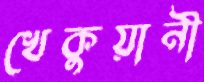
খেকুয়ানী